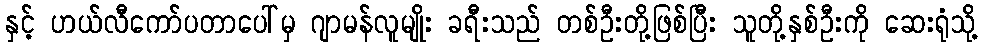
နှင့် ဟယ်လီကော်ပတာပေါ်မှ ဂျာမန်လူမျိုး ခရီးသည် တစ်ဦးတို့ဖြစ်ပြီး သူတို့နှစ်ဦးကို ဆေးရုံသို့